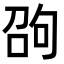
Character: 𠣫